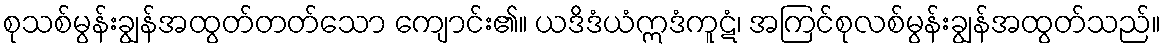
စုသစ်မွန်းချွန်အထွတ်တတ်သော ကျောင်း၏။ ယဒိဒံယံဣဒံကူဋံ၊ အကြင်စုလစ်မွန်းချွန်အထွတ်သည်။